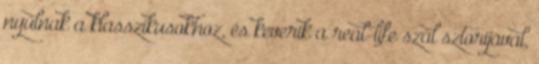
nyúlnak a klasszikusokhoz, és keverik a real-life szál sztorijával,